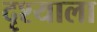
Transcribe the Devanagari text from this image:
दृश्‍याला